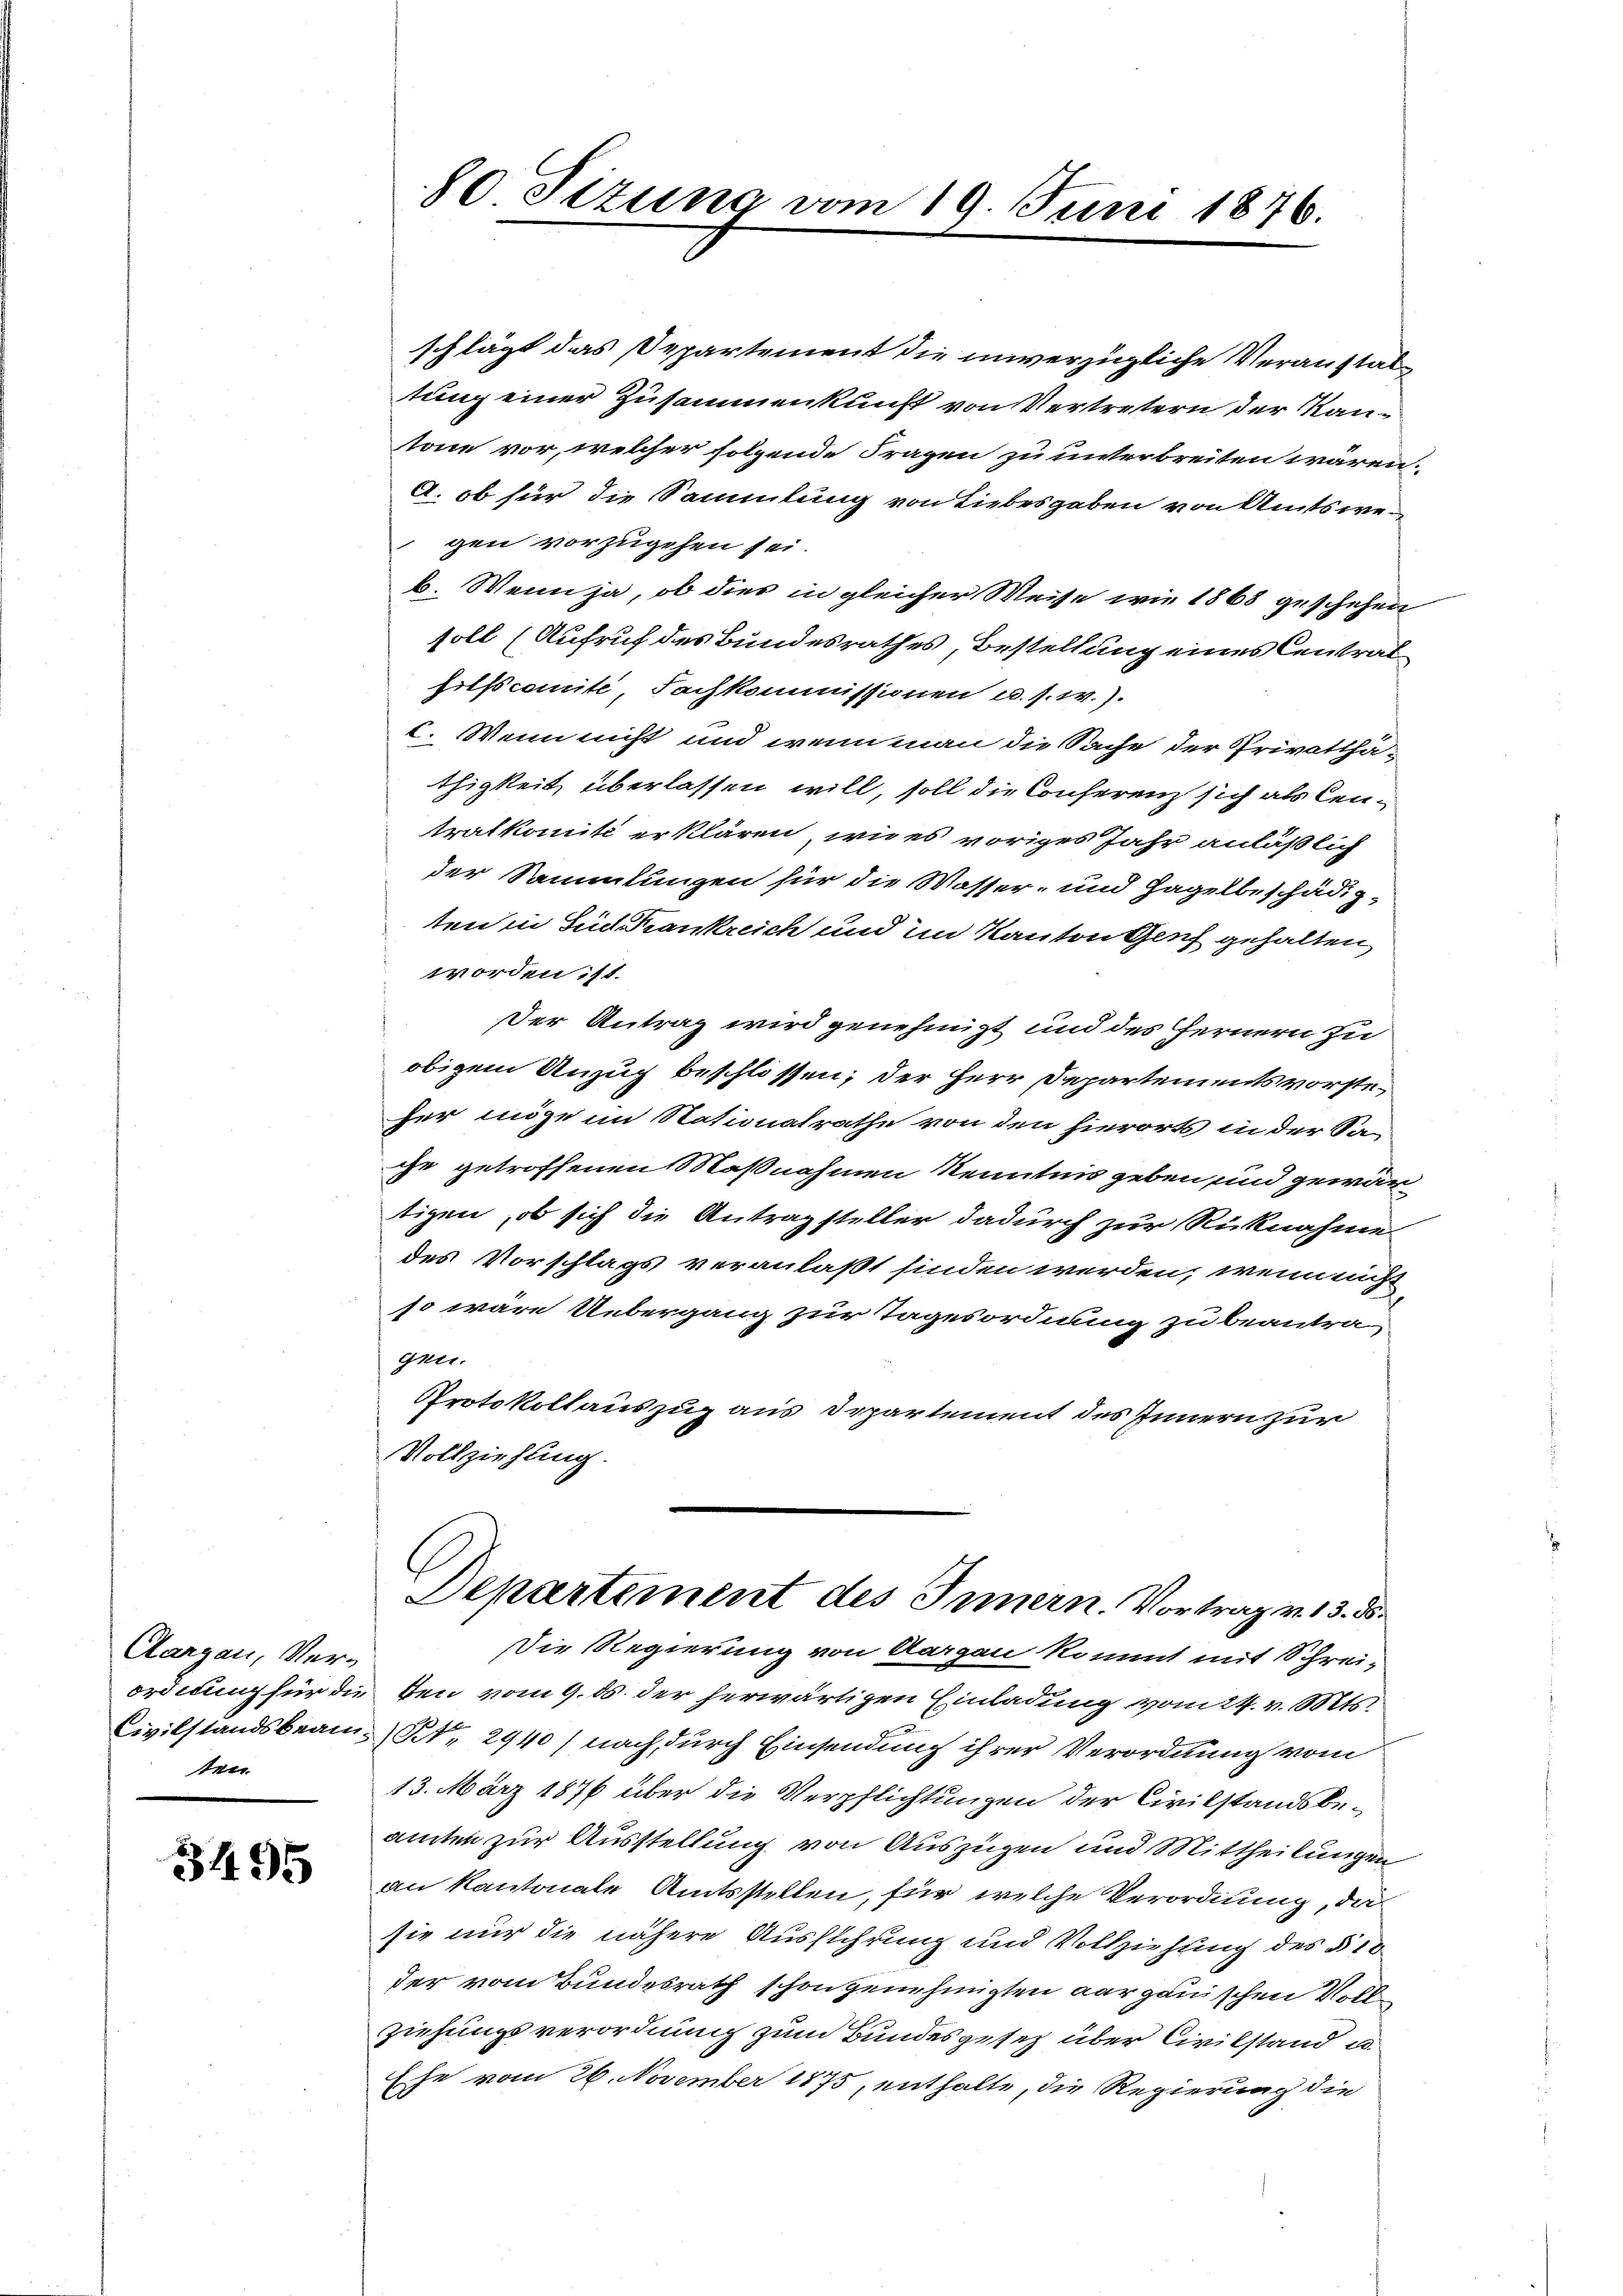
Aargau, Ver-
ordnung für die
Civilstandsbeam-
tten

3495

80 Tizung vom 19. Juni 1846.

schlägt das Departement die unverzügliche Veranstaltung einer Zusammenkunft von Vertretern der Kantone vor, welcher folgende Fragen zu unterbreiten wären.
A. ob für die Sammlung von Liebesgaben von Amtswegen vorzugehen sei.
b. Wenn ja, ob dies in gleicher Weise wie 1868 geschehen
soll (Aufruf des Bundesrathes, Bestellung eines Central
hilfscomite, Fachkommissionen u. s. w.).
I. Wenn nicht und wenn man die Sache der Privattha-
thigkeit überlassen will, soll die Conferenz sich als Centralkomité erklären, wie es voriges Jahr anläßlich
der Sammlungen für die Wasser- und Hagelbeschädig-
ten in Sud Trankreich und im Kanton Genf gehalten,
worden ist.
Der Antrag wird genehmigt und des Fernern zu
obigem Anzug beschlossen; der Herr Departements vorsteher möge im Stationalrathe von den hierorts in der Sa
che getroffenen Maßnahmen Kenntnis geben und gewärtigen, ob sich die Antragsteller dadurch zur Rücknahme
des Vorschlags veranlaßt finden werden, wenn nicht
so wäre Uebergang zur Tagesordnung zu beantra-
gner.
Protokollauszug aus Departement des Innern zur
Vollziehung.
Departiment des Innern. Vortrag v. 15. d.
Die Regierung von Aargau kommt mit Schrei-
den vom 9. ds. der herwärtigen Einladung vom 24. v. Mts.
Nr. 2940) nach durch Einsendung ihrer Verordnung vom
13. März 1876 über die Verpflichtungen der Civilstandsbeamten zur Ausstellung von Auszügen und Mittheilungen
an Kantonale Amtsstellen, für welche Verordnung, da
sie nur die nähere Ausschrung und Vollziehung des § 10
der vom Bundesrath schon genehmigten aargauischen Vollziehungsverordnung zum Bundesgesetz über Civilstand u
Ese vom 26. November 1875, enthalte, die Regierung die